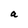
Character: a